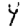
Digit: 4